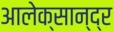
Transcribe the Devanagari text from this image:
आलेक्सान्द्र